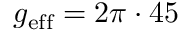
g _ { \mathrm { e f f } } = 2 \pi \cdot 4 5